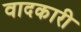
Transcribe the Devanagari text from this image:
वादकारी